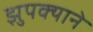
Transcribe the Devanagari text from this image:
झुपक्याने